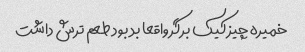
خمیره چیز کیک برگر واقعا بد بود طعم ترش داشت